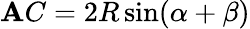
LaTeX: \mathbf{A}C=2R\sin(\alpha+\beta)